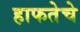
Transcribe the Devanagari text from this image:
हाफतेचे